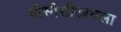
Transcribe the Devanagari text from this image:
बीसीसीआयला